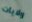
ولايات